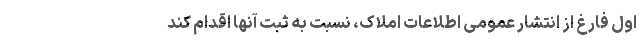
اول فارغ از انتشار عمومی‌ اطلاعات املاک، نسبت به ثبت آنها اقدام کند